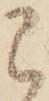
已